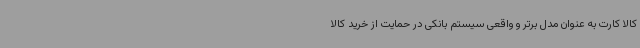
کالا کارت به عنوان مدل برتر و واقعی سیستم بانکی در حمایت از خرید کالا